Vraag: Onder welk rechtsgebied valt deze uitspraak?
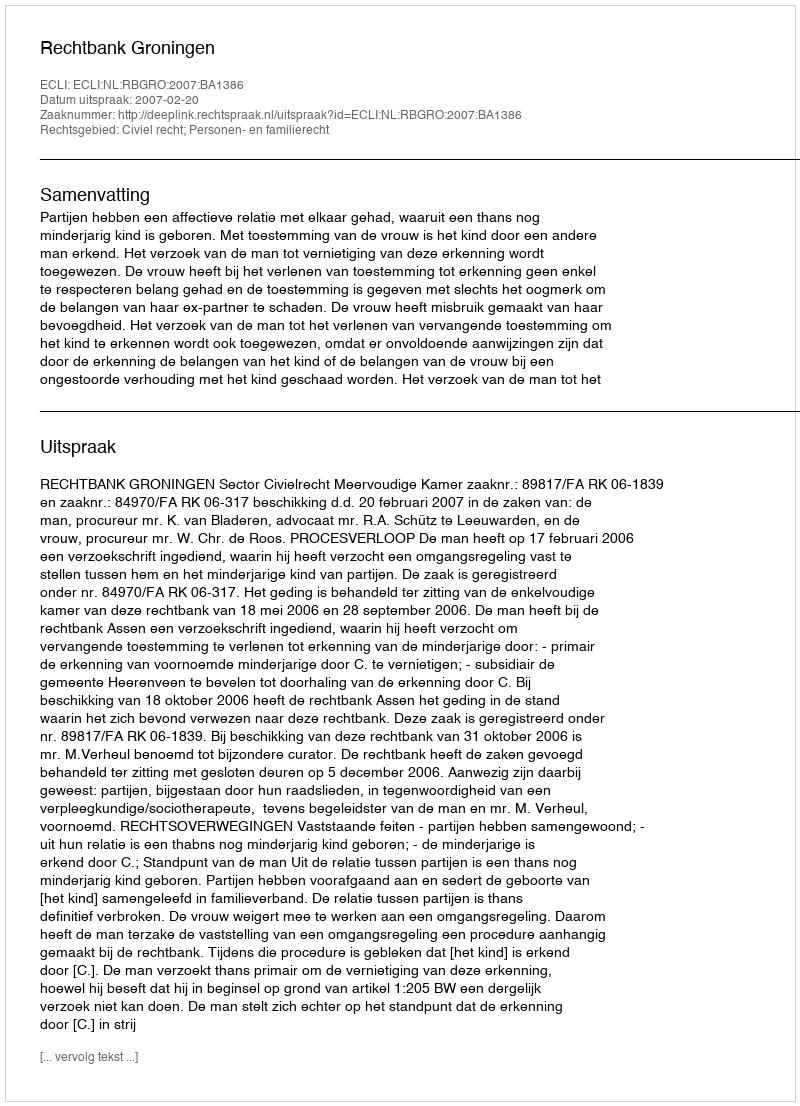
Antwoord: Civiel recht; Personen- en familierecht